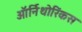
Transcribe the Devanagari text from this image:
ऑर्निथोरिंकस